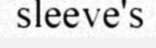
sleeve's